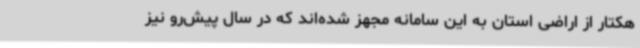
هکتار از اراضی استان به این سامانه مجهز شده‌اند که در سال پیش‌رو نیز